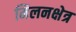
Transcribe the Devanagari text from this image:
मिलनक्षेत्र